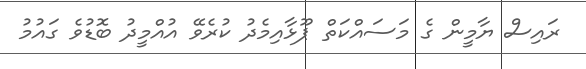
ރައިސް ޔާމީން ގެ މަސައްކަތް ޕޫޅާއިމެދު ކުރެވޭ އުއްމީދު ބޮޑުވެ ގައުމު